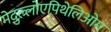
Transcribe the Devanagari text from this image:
मेदुल्लोएपिथेलिओम